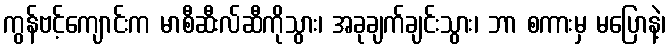
ကွန်ဗင့်ကျောင်းက မာစီဆီးလ်ဆီကိုသွား၊ အခုချက်ချင်းသွား၊ ဘာ စကားမှ မပြောနဲ့၊